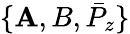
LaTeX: \{ \mathbf{A},B,\bar{{P}}_{z}\}